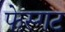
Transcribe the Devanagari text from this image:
फेस्गट